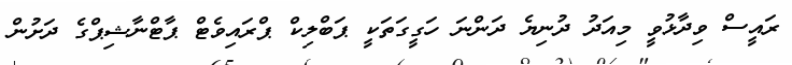
ރައީސް ވިދާޅުވީ މިއަދު ދުނިޔެ ދަންނަ ހަގީގަތަކީ ޕަބްލިކް ޕްރައިވެޓް ޕާޓްނާޝިޕްގެ ދަށުން